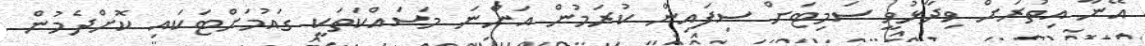
އޭނާ އިތުރަށް ވިދާޅުވީ ސަމިޓަށް ސިފައިން ކުރަމުން އަންނަ މަސައްކަތަކީ ގައުމަށްޓަކައި ކޮށްދެމުން